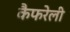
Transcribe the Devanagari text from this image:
कैफरेली